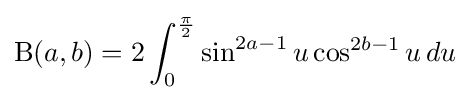
\mathrm {B} (a,b)=2\int _{0}^{\frac {\pi }{2}}\sin ^{2a-1}u\cos ^{2b-1}u\,du